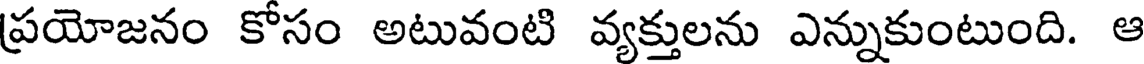
ప్రయోజనం కోసం అటువంటి వ్యక్తులను ఎన్నుకుంటుంది. ఆ